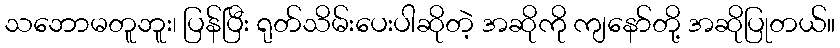
သဘောမတူဘူး၊ ပြန်ပြီး ရုတ်သိမ်းပေးပါဆိုတဲ့ အဆိုကို ကျနော်တို့ အဆိုပြုတယ်။